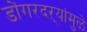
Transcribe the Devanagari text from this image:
डोंगरदऱ्यांमुळे